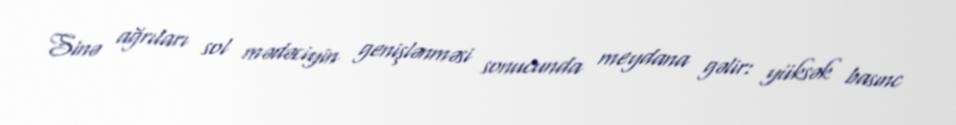
Sinə ağrıları sol mədəciyin genişlənməsi sonucunda meydana gəlir: yüksək basınc